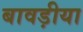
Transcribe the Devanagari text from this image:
बावड़ीया